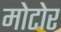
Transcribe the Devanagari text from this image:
मोटोर